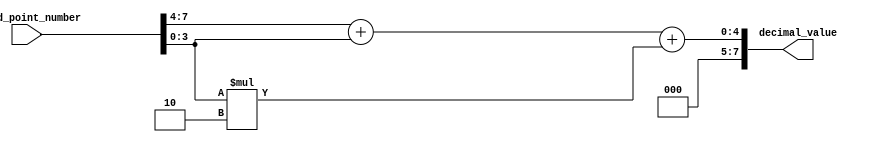
module fixed_point_converter (
    input [7:0] fixed_point_number,
    output reg [7:0] decimal_value
);

reg [3:0] integer_component;
reg [3:0] fractional_component;

always @* begin
    integer_component = fixed_point_number[7:4] + fixed_point_number[3:0];
    fractional_component = fixed_point_number[3:0] * 2;
    
    decimal_value = integer_component + fractional_component;
end

endmodule